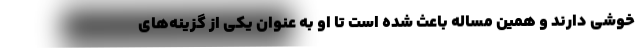
خوشی دارند و همین مساله باعث شده است تا او به عنوان یکی از گزینه‌های